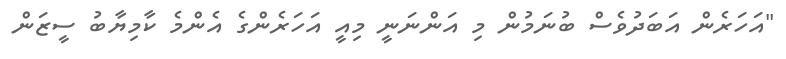
"އަަހަރެން އަބަދުވެސް ބުނަމުން މި އަންނަނީ މިއީ އަހަރެންގެ އެންމެ ކާމިޔާބު ސީޒަން